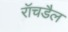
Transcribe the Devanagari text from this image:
रॉचडैल